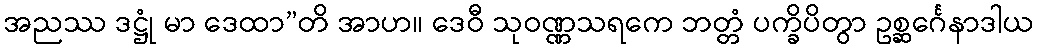
အညဿ ဒဋ္ဌုံ မာ ဒေထာ”တိ အာဟ။ ဒေဝီ သုဝဏ္ဏသရကေ ဘတ္တံ ပက္ခိပိတွာ ဥစ္ဆင်္ဂေနာဒါယ